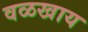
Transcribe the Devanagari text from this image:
वळखाय